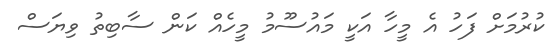
ކުރުމަށް ފަހު އެ މީހާ އަކީ މައުސޫމު މީހެއް ކަން ސާބިތު ވިޔަސް